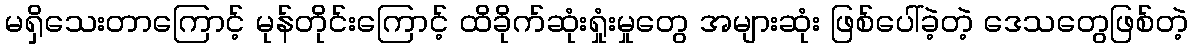
မရှိသေးတာကြောင့် မုန်တိုင်းကြောင့် ထိခိုက်ဆုံးရှုံးမှုတွေ အများဆုံး ဖြစ်ပေါ်ခဲ့တဲ့ ဒေသတွေဖြစ်တဲ့